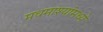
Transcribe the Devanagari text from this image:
मधमाश्यांमध्ये